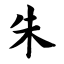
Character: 朱